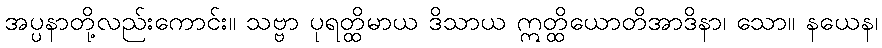
အပ္ပနာတို့လည်းကောင်း။ သဗ္ဗာ ပုရတ္ထိမာယ ဒိသာယ ဣတ္ထိယောတိအာဒိနာ၊ သော။ နယေန၊